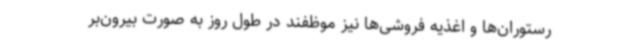
رستوران‌ها و اغذیه‌ فروشی‌ها نیز موظفند در طول روز به صورت بیرون‌بر